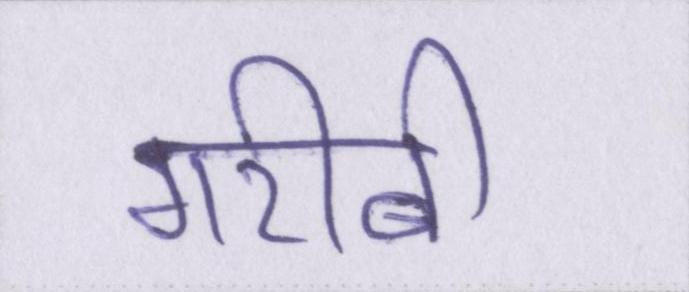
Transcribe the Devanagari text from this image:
गरीबी